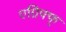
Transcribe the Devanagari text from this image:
एग्रिफ्फ्